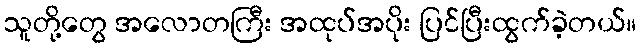
သူတို့တွေ အလောတကြီး အထုပ်အပိုး ပြင်ပြီးထွက်ခဲ့တယ်။